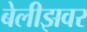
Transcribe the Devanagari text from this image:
बेलीझवर